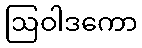
ဩဝါဒကော